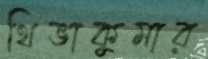
থিভাকুমার